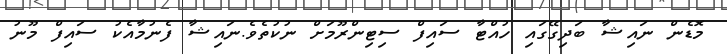
މޮޑެން ނައިޝާ ބަދިގޭގައި ހުއްޓާ ސައިފް ސިޓިންރޫމަށް ނުކުތެވެ.ނައިޝާ ފެނުމާއެކު ސައިފް މޫނު